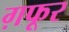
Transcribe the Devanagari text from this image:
ग़फूर